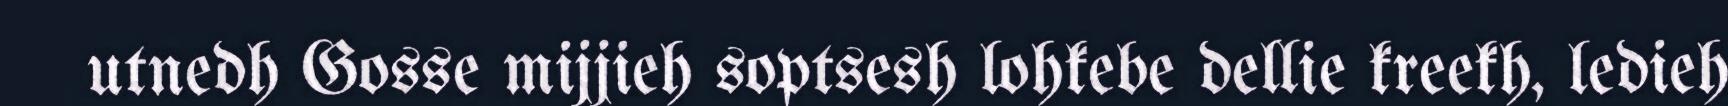
utnedh Gosse mijjieh soptsesh lohkebe dellie kreekh, ledieh